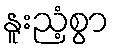
နူးညံ့စွာ